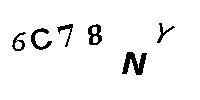
6C78NY